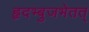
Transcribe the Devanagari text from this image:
हृदभ्बुजभेतत्